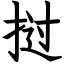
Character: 挝